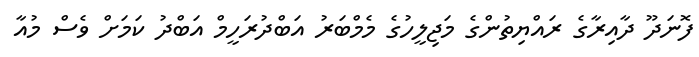
ފޮނަދޫ ދާއިރާގެ ރައްޔިތުންގެ މަޖިލީހުގެ މެމްބަރު އަބްދުރަހީމް އަބްދު ކަމަށް ވެސް މުއާ